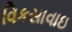
વિકસાવાઇ